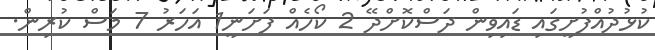
ކުޅުދުއްފުށީގައި ޑައިވިން ދަސްކޮށްދޭ 2 ކޯހެއް ފަށަނީ1 އަހަރު 7 މަސް ކުރިން.